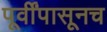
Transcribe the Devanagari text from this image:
पूर्वींपासूनच